Lunatic asylums Punjab 1868-1880 - 1868-1880
Year: 1868
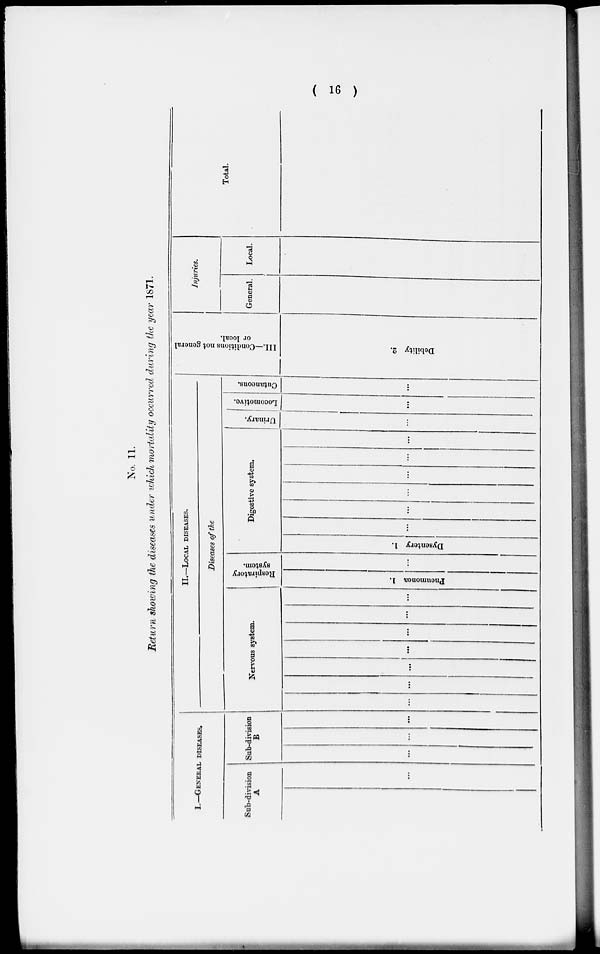
( 16 )
No. 11.
Return showing the diseases under which mortality occurred during the year 1871.
I.—GENERAL DISEASES.
Sub-division
A
...
Sub-division
B
... ... ...
II.—LOCAL DISEASES.
Diseases of the
Nervous system.
... ...
...
...
...
...
...
Respiratory
system.
Pneumonea 1.
...
Digestive system.
Dysentery 1.
... ... ... ... ... ...
Urinary.
...
Locomotive.
...
Cutaneous.
...
III.—Conditions not general
or local.
Debility 2.
Injuries.
General.
Local.
Total.